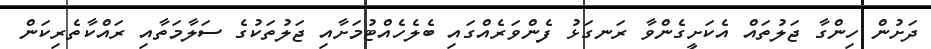
ދަށުން ހިންގާ ޖަލުތައް އެކަށީގެންވާ ރަނގަޅު ފެންވަރެއްގައި ބެލެހެއްޓުމަށާއި ޖަލުތަކުގެ ސަލާމަތާއި ރައްކާތެރިކަން